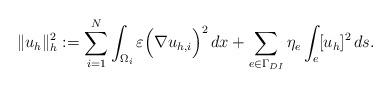
LaTeX: \begin{align*}\|u_{h}\|_{h}^2:=\sum_{i=1}^N \int_{\Omega_i} \varepsilon \Big( \nabla u_{h,i} \Big)^2\, dx+\sum_{e \in \Gamma_{DI}} \eta_{e} \int_e [ u_h ]^2\, ds.\end{align*}